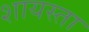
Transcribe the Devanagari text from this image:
शायस्ता